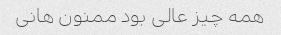
همه چیز عالی بود ممنون هانی